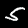
Label: 5